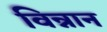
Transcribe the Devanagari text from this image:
विन्नान